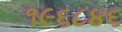
૧૯૬૮૪૬